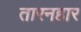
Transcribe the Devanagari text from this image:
तारनहार